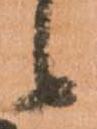
候